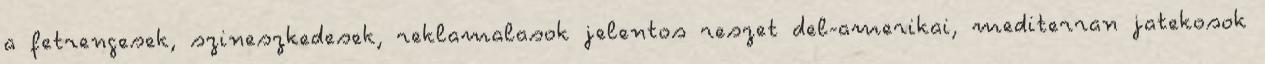
a fetrengesek, szineszkedesek, reklamalasok jelentos reszet del-amerikai, mediterran jatekosok